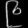
Digit: ၉